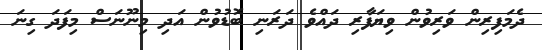
ދެމަފިރިން ވަރިވުން ވިޔަފާރި ދައްވެ ދަރަނި ބޮޑުވުން އަދި މިނޫނަސް މިފަދަ ގިނަ